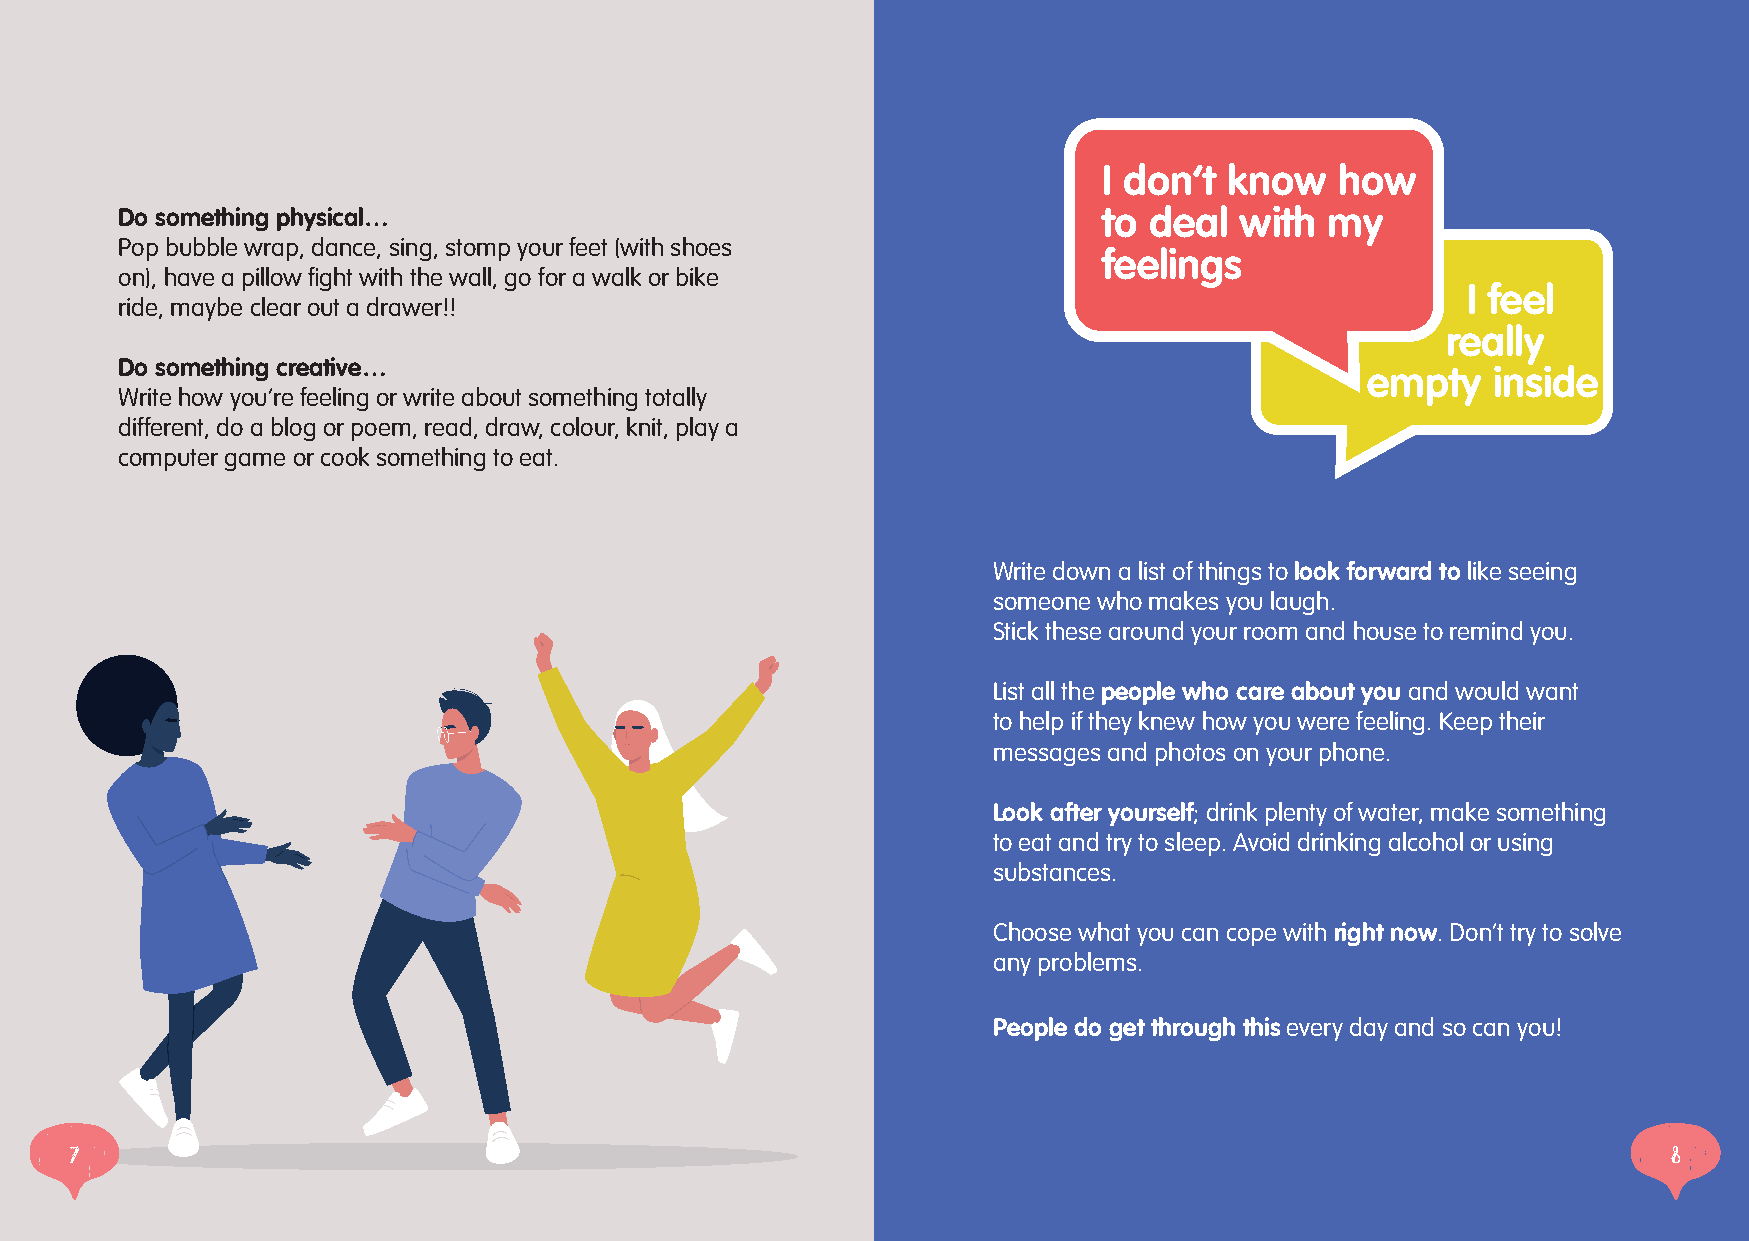
I don’t know    how
 Do something physical…                                           to deal  with  my
 Pop bubble wrap, dance, sing, stomp your feet (with shoes
 feelings
 on), have a pillow fight with the wall, go for a walk or bike
 I feel
 ride, maybe clear out a drawer!!
 really
 Do something creative…
 empty    inside
 Write how you’re feeling or write about something totally
 different, do a blog or poem, read, draw, colour, knit, play a
 computer game or cook something to eat.
 Write down a list of things to look forward to like seeing
 someone who makes you laugh.
 Stick these around your room and house to remind you.
 List all the people who care about you and would want
 to help if they knew how you were feeling. Keep their
 messages and photos on your phone.
 Look after yourself; drink plenty of water, make something
 to eat and try to sleep. Avoid drinking alcohol or using
 substances.
 Choose what you can cope with right now. Don’t try to solve
 any problems.
 People do get through this every day and so can you!
 7                                                                                                         8